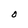
Character: O